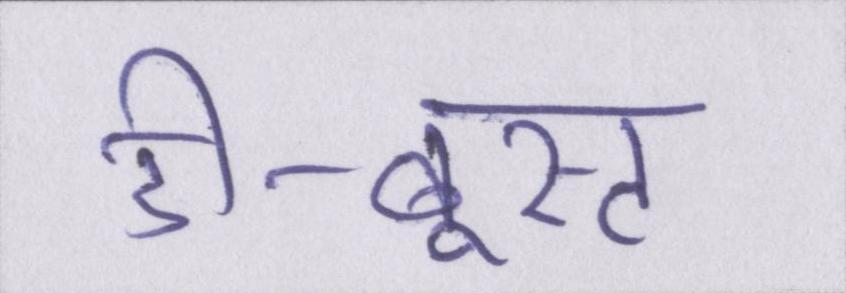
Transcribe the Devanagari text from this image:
डी-बूस्ट